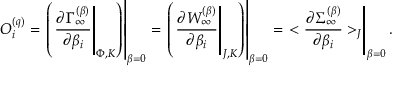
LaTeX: { \cal O } _ { i } ^ { ( q ) } = \left. \left( \left. { \frac { \partial \Gamma _ { \infty } ^ { ( \beta ) } } { \partial \beta _ { i } } } \right| _ { \Phi , K } \right) \right| _ { \beta = 0 } = \left. \left( \left. { \frac { \partial W _ { \infty } ^ { ( \beta ) } } { \partial \beta _ { i } } } \right| _ { J , K } \right) \right| _ { \beta = 0 } = \left. < { \frac { \partial \Sigma _ { \infty } ^ { ( \beta ) } } { \partial \beta _ { i } } } > _ { J } \right| _ { \beta = 0 } .